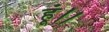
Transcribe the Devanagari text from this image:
हूं।।